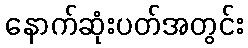
နောက်ဆုံးပတ်အတွင်း